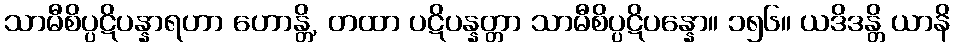
သာမီစိပ္ပဋိပန္နာရဟာ ဟောန္တိ, တထာ ပဋိပန္နတ္တာ သာမီစိပ္ပဋိပန္နော။ ၁၅၆။ ယဒိဒန္တိ ယာနိ